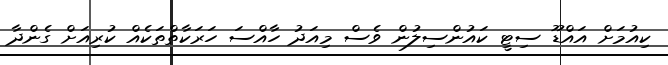
ކިއުމަށް އައްޑޫ ސިޓީ ކައުންސިލުން ވެސް މިއަދު ހާއްސަ ހަރަކާތްތަކެއް ކުރިއަށް ގެންދާ